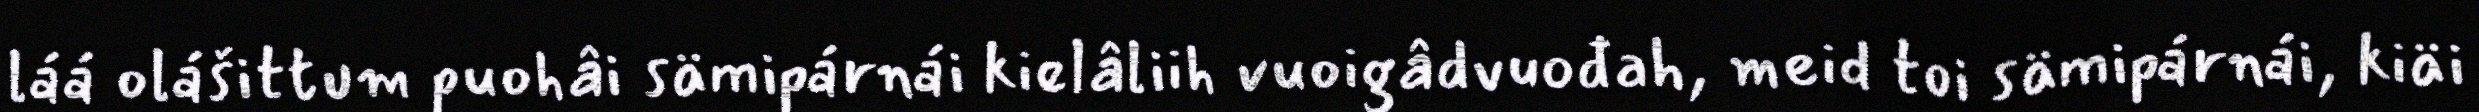
láá olášittum puohâi sämipárnái kielâliih vuoigâdvuođah, meid toi sämipárnái, kiäi